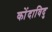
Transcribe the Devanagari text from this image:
कोंदाविदु